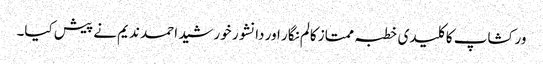
ورکشاپ کا کلیدی خطبہ ممتاز کالم نگار اور دانشور خورشید احمد ندیم نے پیش کیا۔